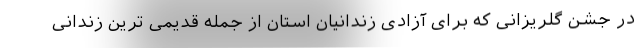
در جشن گلریزانی که برای آزادی زندانیان استان از جمله قدیمی ترین زندانی